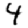
Digit: 4